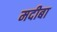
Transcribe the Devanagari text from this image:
मदीबा